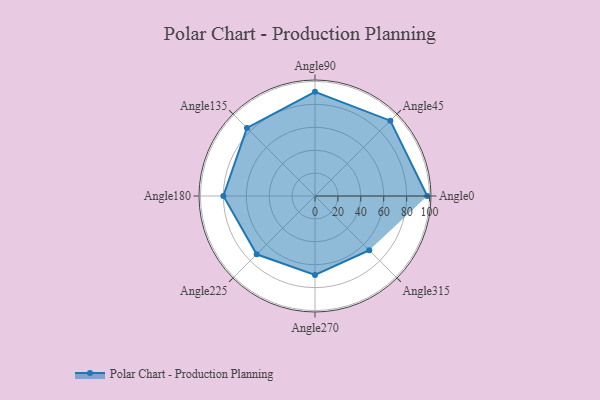
{"axis": {"x": "Angle", "y": "Radius"}, "legend": [""], "data": [{"x": "Angle0", "y": 98.0, "type": ""}, {"x": "Angle45", "y": 93.0, "type": ""}, {"x": "Angle90", "y": 91.0, "type": ""}, {"x": "Angle135", "y": 84.0, "type": ""}, {"x": "Angle180", "y": 80.0, "type": ""}, {"x": "Angle225", "y": 72.0, "type": ""}, {"x": "Angle270", "y": 69.0, "type": ""}, {"x": "Angle315", "y": 67.0, "type": ""}]}